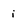
Character: i